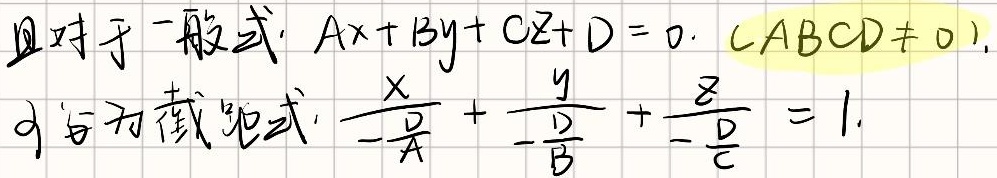
且对于一般式：\(Ax + By + Cz + D = 0\)，\((ABCD\neq0)\)，可写为截距式：\(\frac{x}{-\frac{D}{A}}+\frac{y}{-\frac{D}{B}}+\frac{z}{-\frac{D}{C}} = 1\)。